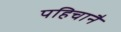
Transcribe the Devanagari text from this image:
पहिचानै